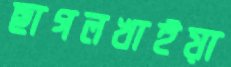
ছাগলখাইয়া